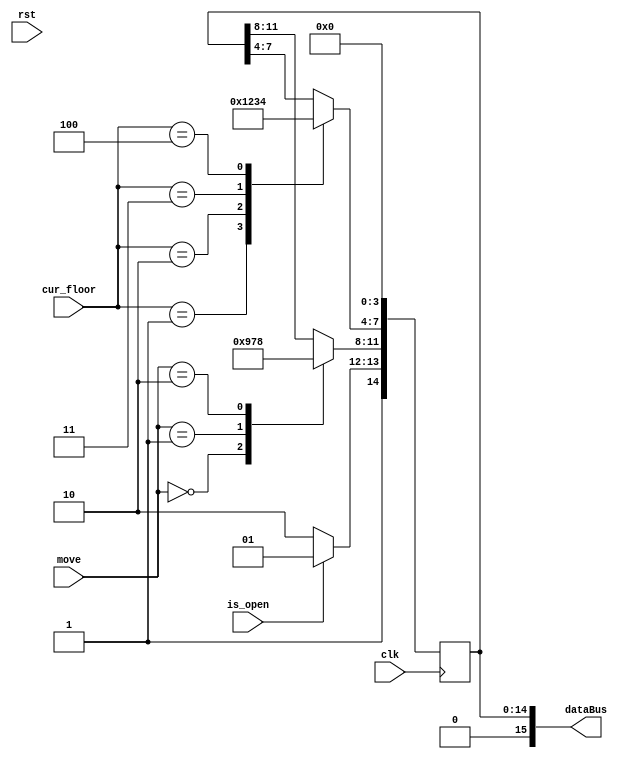
module GPU (
    input clk,
    input rst,
    input [2:0] cur_floor,
    input is_open,
    input [1:0] move,
    output reg [15:0] dataBus   // O(5)/C(6), U(7)/D(8)/S(9), Floor(1,2,3,4), F(0)  
);
    initial begin
        dataBus = 0;
    end

    always @(posedge clk ) begin
        if(is_open) begin
            dataBus[15:12] = 'd5; 
        end
        else begin
            dataBus[15:12] = 'd6;
        end

        case (move)
            0: dataBus[11:8] = 'd9;
            1: dataBus[11:8] = 'd7;
            2: dataBus[11:8] = 'd8; 
        endcase

        case (cur_floor)
            1:  dataBus[7:4] = 'd1;
            2:  dataBus[7:4] = 'd2;
            3:  dataBus[7:4] = 'd3;
            4:  dataBus[7:4] = 'd4; 
        endcase 

        dataBus[3:0] = 'd0;
    end
endmodule